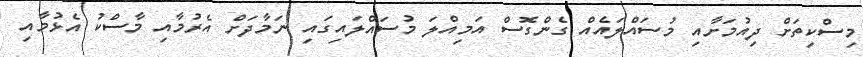
މިސްކިތަށް ދިއުމަށާއި މުސައްލައެއް ގެންގޮސް އަމިއްލަ މުސައްލައިގައި ނަމާދަށް އެރުމާއި މާސްކު އެޅުމާއި